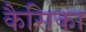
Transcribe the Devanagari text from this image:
कैसिका